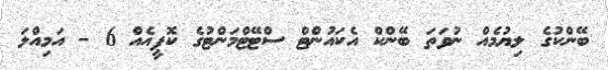
ބޭންކުގެ ލިޔުމެއް ނުވަތަ ބޭންކް އެކައުންޓް ސްޓޭޓްމަންޓުގެ ކޮޕީއެއް 6 - އަމިއްލަ